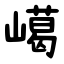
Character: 嶱